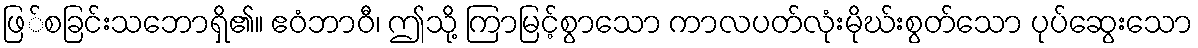
ဖြ်စခြင်းသဘောရှိ၏။ ဧဝံဘာဝီ၊ ဤသို့ ကြာမြင့်စွာသော ကာလပတ်လုံးမိုဃ်းစွတ်သော ပုပ်ဆွေးသော